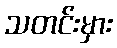
သတင်းမှား